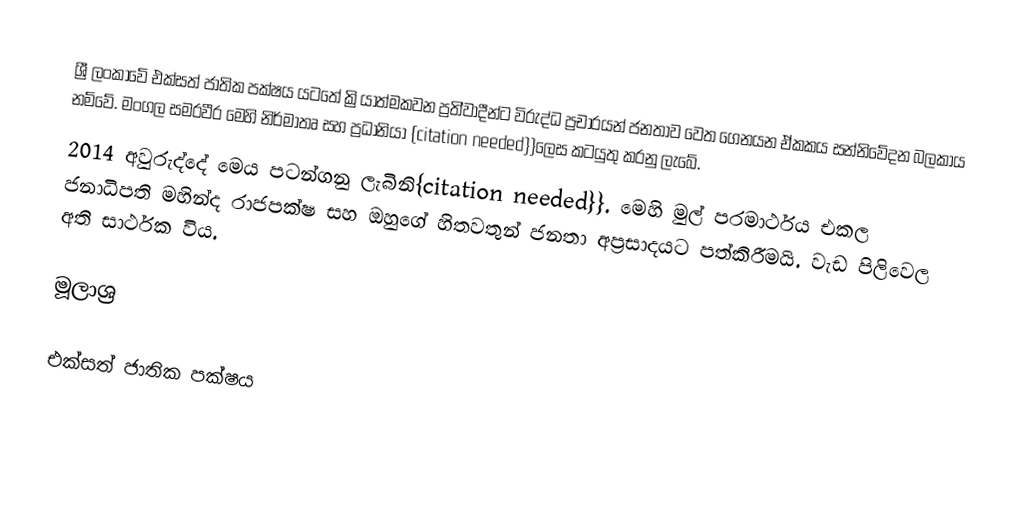
ශ්‍රී ලංකාවේ එක්සත් ජාතික පක්ෂය යටතේ ක්‍රියාත්මකවන  ප්‍රති්වාදීන්ට විරුද්ධ ප්‍රචාරයන් ජනතාව වෙත ගෙනයන  ඒකකය සන්නිවේදන බලකාය නම්වේ. මංගල සමරවීර මෙහි නිර්මාතෘ සහ ප්‍රධානියා {citation needed}}ලෙස කටයුතු කරනු ලැබේ.
2014 අවුරුද්දේ මෙය පටන්ගනු ලැබිනි{citation needed}}. මෙහි මුල් පරමාර්ථය එකල ජනාධිපති මහින්ද රාජපක්ෂ සහ ඔහුගේ හිතවතුන් ජනතා අප්‍රසාදයට පත්කිරීමයි. වැඩ පිලිවෙල අති සාර්ථක විය.

මූලාශ්‍ර

එක්සත් ජාතික පක්ෂය